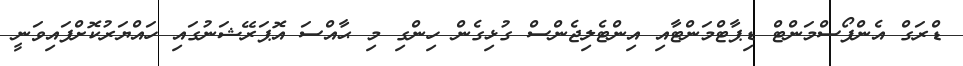
ޑްރަގް އެންފޯސްމަންޓް ޑިޕާޓްމަންޓާއި އިންޓެލިޖެންސް ގުޅިގެން ހިންގި މި ޙާއްސަ އޮޕަރޭޝަނުގައި ހައްޔަރުކޮށްފައިވަނީ